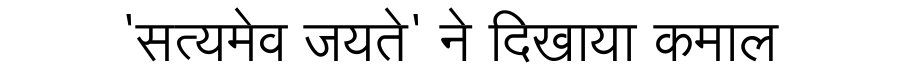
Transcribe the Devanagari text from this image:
'सत्यमेव जयते' ने दिखाया कमाल